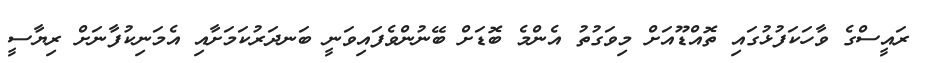
ރައީސްގެ ވާހަކަފުޅުގައި ތޮއްޑޫއަށް މިވަގުތު އެންމެ ބޮޑަށް ބޭނުންވެފައިވަނީ ބަނދަރުކަމަށާއި އެމަނިކުފާނަށް ރިޔާސީ